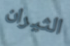
الثيران